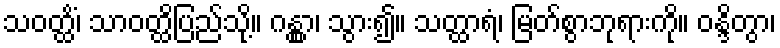
သဝတ္ထိံ၊ သာဝတ္ထိပြည်သို့။ ဂန္တွာ၊ သွား၍။ သတ္ထာရံ၊ မြတ်စွာဘုရားကို။ ဝန္ဒိတွာ၊